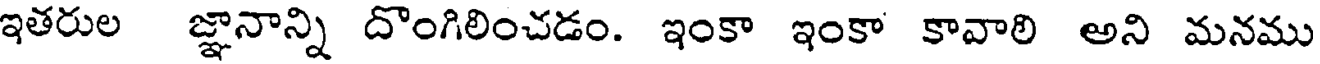
ఇతరుల జ్ఞానాన్ని దొంగిలించడం. ఇంకా ఇంకా కావాలి అని మనము